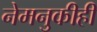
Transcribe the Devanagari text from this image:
नेमनुकीही